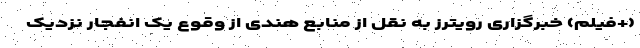
(+فیلم) خبرگزاری رویترز به نقل از منابع هندی از وقوع یک انفجار نزدیک